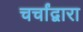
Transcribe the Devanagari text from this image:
चर्चांद्वारा